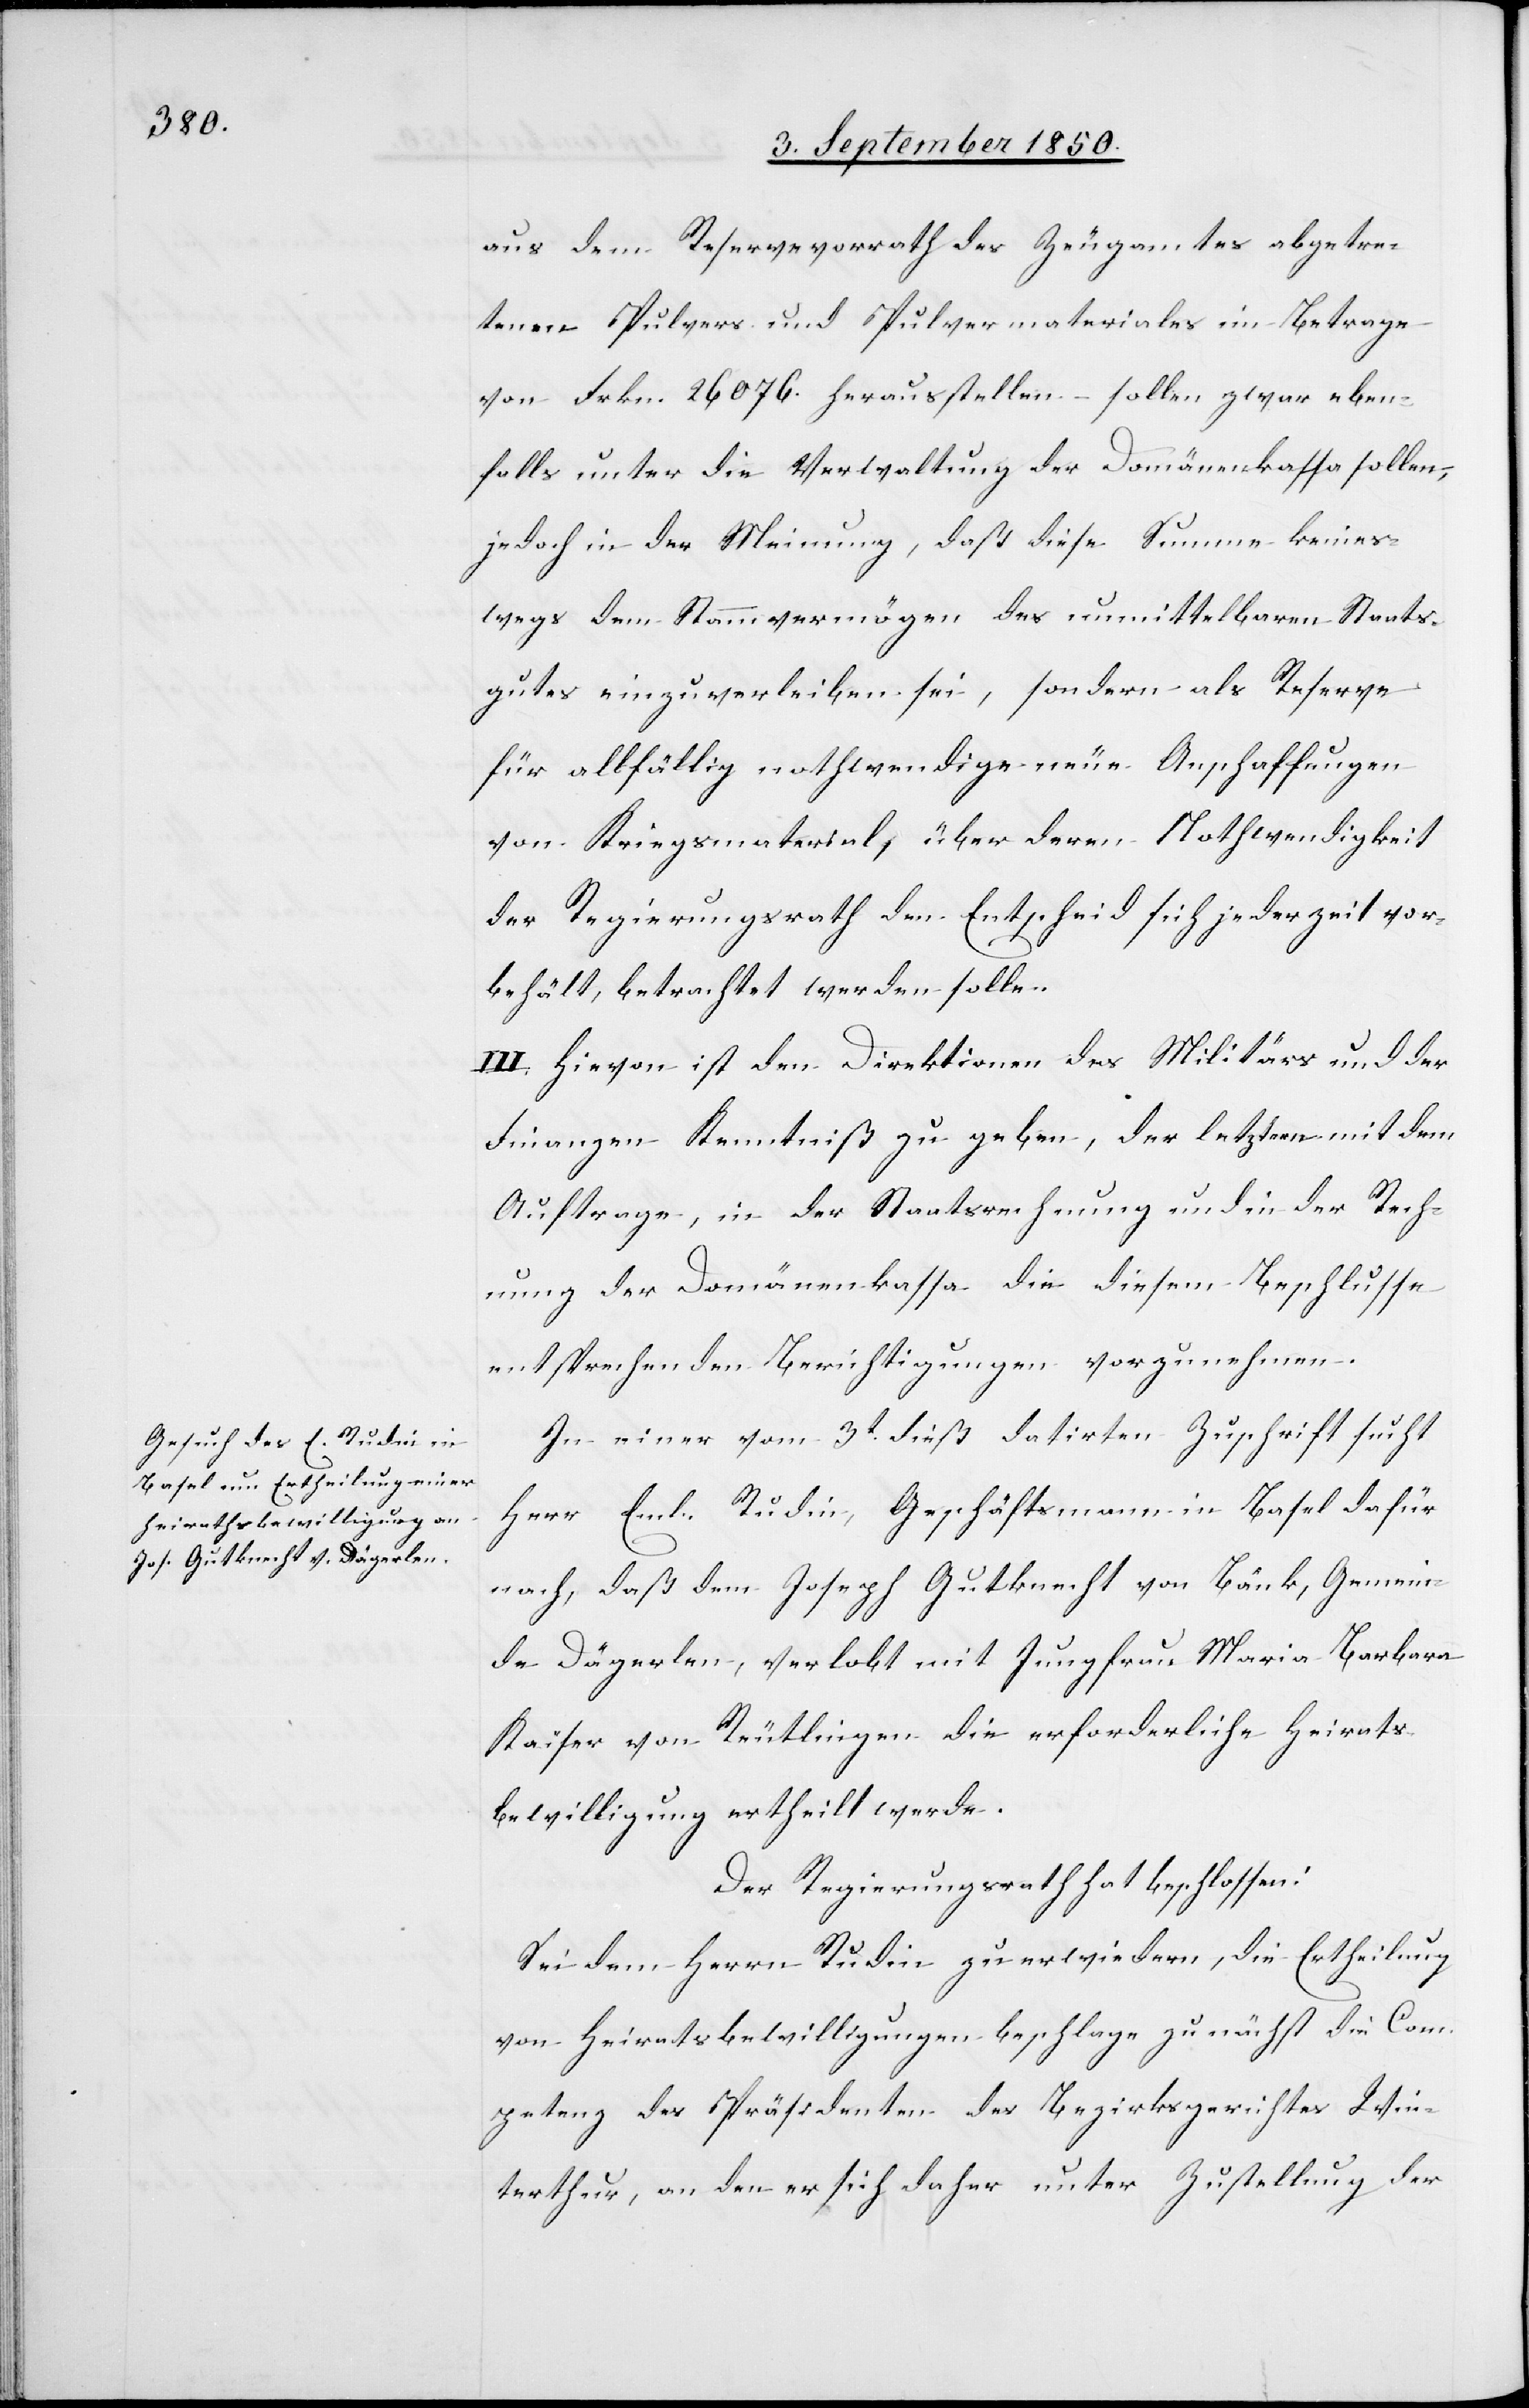
aus dem Reservevorrath des Zeugamtes abgetre¬
tenen Pulvers und Pulvermateriales im Betrage
von Frkn. 26 076. herausstellen – sollen zwar eben¬
falls unter die Verwaltung der Domänenkassa sollen,
jedoch in der Meinung, daß diese Summe keines¬
wegs dem Stammvermögen des unmittelbaren Staats¬
gutes einzuverleiben sei, sondern als Reserve
für allfällig nothwendige neue Anschaffungen
von Kriegsmaterial, über deren Nothwendigkeit
der Regierungsrath den Entscheid sich jederzeit vor¬
behält, betrachtet werden solle.
III. Hievon ist den Direktionen des Militärs und der
Finanzen Kenntniß zu geben, der letztern mit dem
Auftrage, in der Staatsrechnung und in der Rech¬
nung der Domänenkassa die diesem Beschlusse
entsprechenden Berichtigungen vorzunehmen.